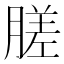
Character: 䐤